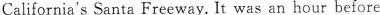
California'sSanta Freeway. It was an hour before